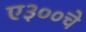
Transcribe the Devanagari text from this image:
ए३००चे